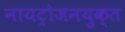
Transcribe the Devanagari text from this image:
नायट्रोजनयुक्त